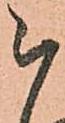
被